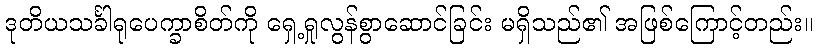
ဒုတိယသင်္ခါရုပေက္ခာစိတ်ကို ရှေ့ရှုလွန်စွာဆောင်ခြင်း မရှိသည်၏ အဖြစ်ကြောင့်တည်း။